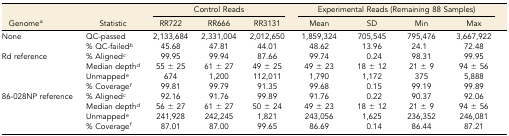
<table><thead><tr><td></td><td></td><td colspan="3"><b>Control Reads</b></td><td colspan="4"><b>Experimental Reads (Remaining 88 Samples)</b></td></tr><tr><td><b>Genome<i><sup>a</sup></i></b></td><td><b>Statistic</b></td><td><b>RR722</b></td><td><b>RR666</b></td><td><b>RR3131</b></td><td><b>Mean</b></td><td><b>SD</b></td><td><b>Min</b></td><td><b>Max</b></td></tr></thead><tbody><tr><td rowspan="2">None</td><td>QC-passed</td><td>2,133,684</td><td>2,331,004</td><td>2,012,650</td><td>1,859,324</td><td>705,545</td><td>795,476</td><td>3,667,922</td></tr><tr><td>% QC-failed<i><sup>b</sup></i></td><td>45.68</td><td>47.81</td><td>44.01</td><td>48.62</td><td>13.96</td><td>24.1</td><td>72.48</td></tr><tr><td rowspan="4">Rd reference</td><td>% Aligned<i><sup>c</sup></i></td><td>99.95</td><td>99.94</td><td>87.66</td><td>99.74</td><td>0.24</td><td>98.31</td><td>99.95</td></tr><tr><td>Median depth<i><sup>d</sup></i></td><td>55 ± 25</td><td>61 ± 27</td><td>49 ± 25</td><td>49 ± 23</td><td>18 ± 12</td><td>21 ± 9</td><td>94 ± 56</td></tr><tr><td>Unmapped<i><sup>e</sup></i></td><td>674</td><td>1,200</td><td>112,011</td><td>1,790</td><td>1,172</td><td>375</td><td>5,888</td></tr><tr><td>% Coverage<i><sup>f</sup></i></td><td>99.81</td><td>99.79</td><td>91.35</td><td>99.68</td><td>0.15</td><td>99.19</td><td>99.89</td></tr><tr><td rowspan="4">86-028NP reference</td><td>% Aligned<i><sup>c</sup></i></td><td>92.16</td><td>91.76</td><td>99.89</td><td>91.76</td><td>0.22</td><td>90.37</td><td>92.06</td></tr><tr><td>Median depth<i><sup>d</sup></i></td><td>56 ± 27</td><td>61 ± 27</td><td>50 ± 24</td><td>49 ± 23</td><td>18 ± 12</td><td>21 ± 9</td><td>94 ± 56</td></tr><tr><td>Unmapped<i><sup>e</sup></i></td><td>241,928</td><td>242,245</td><td>1,821</td><td>243,056</td><td>1,625</td><td>236,352</td><td>246,081</td></tr><tr><td>% Coverage<i><sup>f</sup></i></td><td>87.01</td><td>87.00</td><td>99.65</td><td>86.69</td><td>0.14</td><td>86.44</td><td>87.21</td></tr></tbody></table>